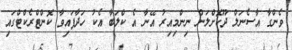
ވެންގާ އާސެނަލް ދޫކޮށްލަން ނިންމިއިރު އޭނާ އެ ކްލަބާ އެކު ހަދާފައިވާ ކޮންޓްރެކްޓްގައި